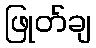
ဖြုတ်ချ